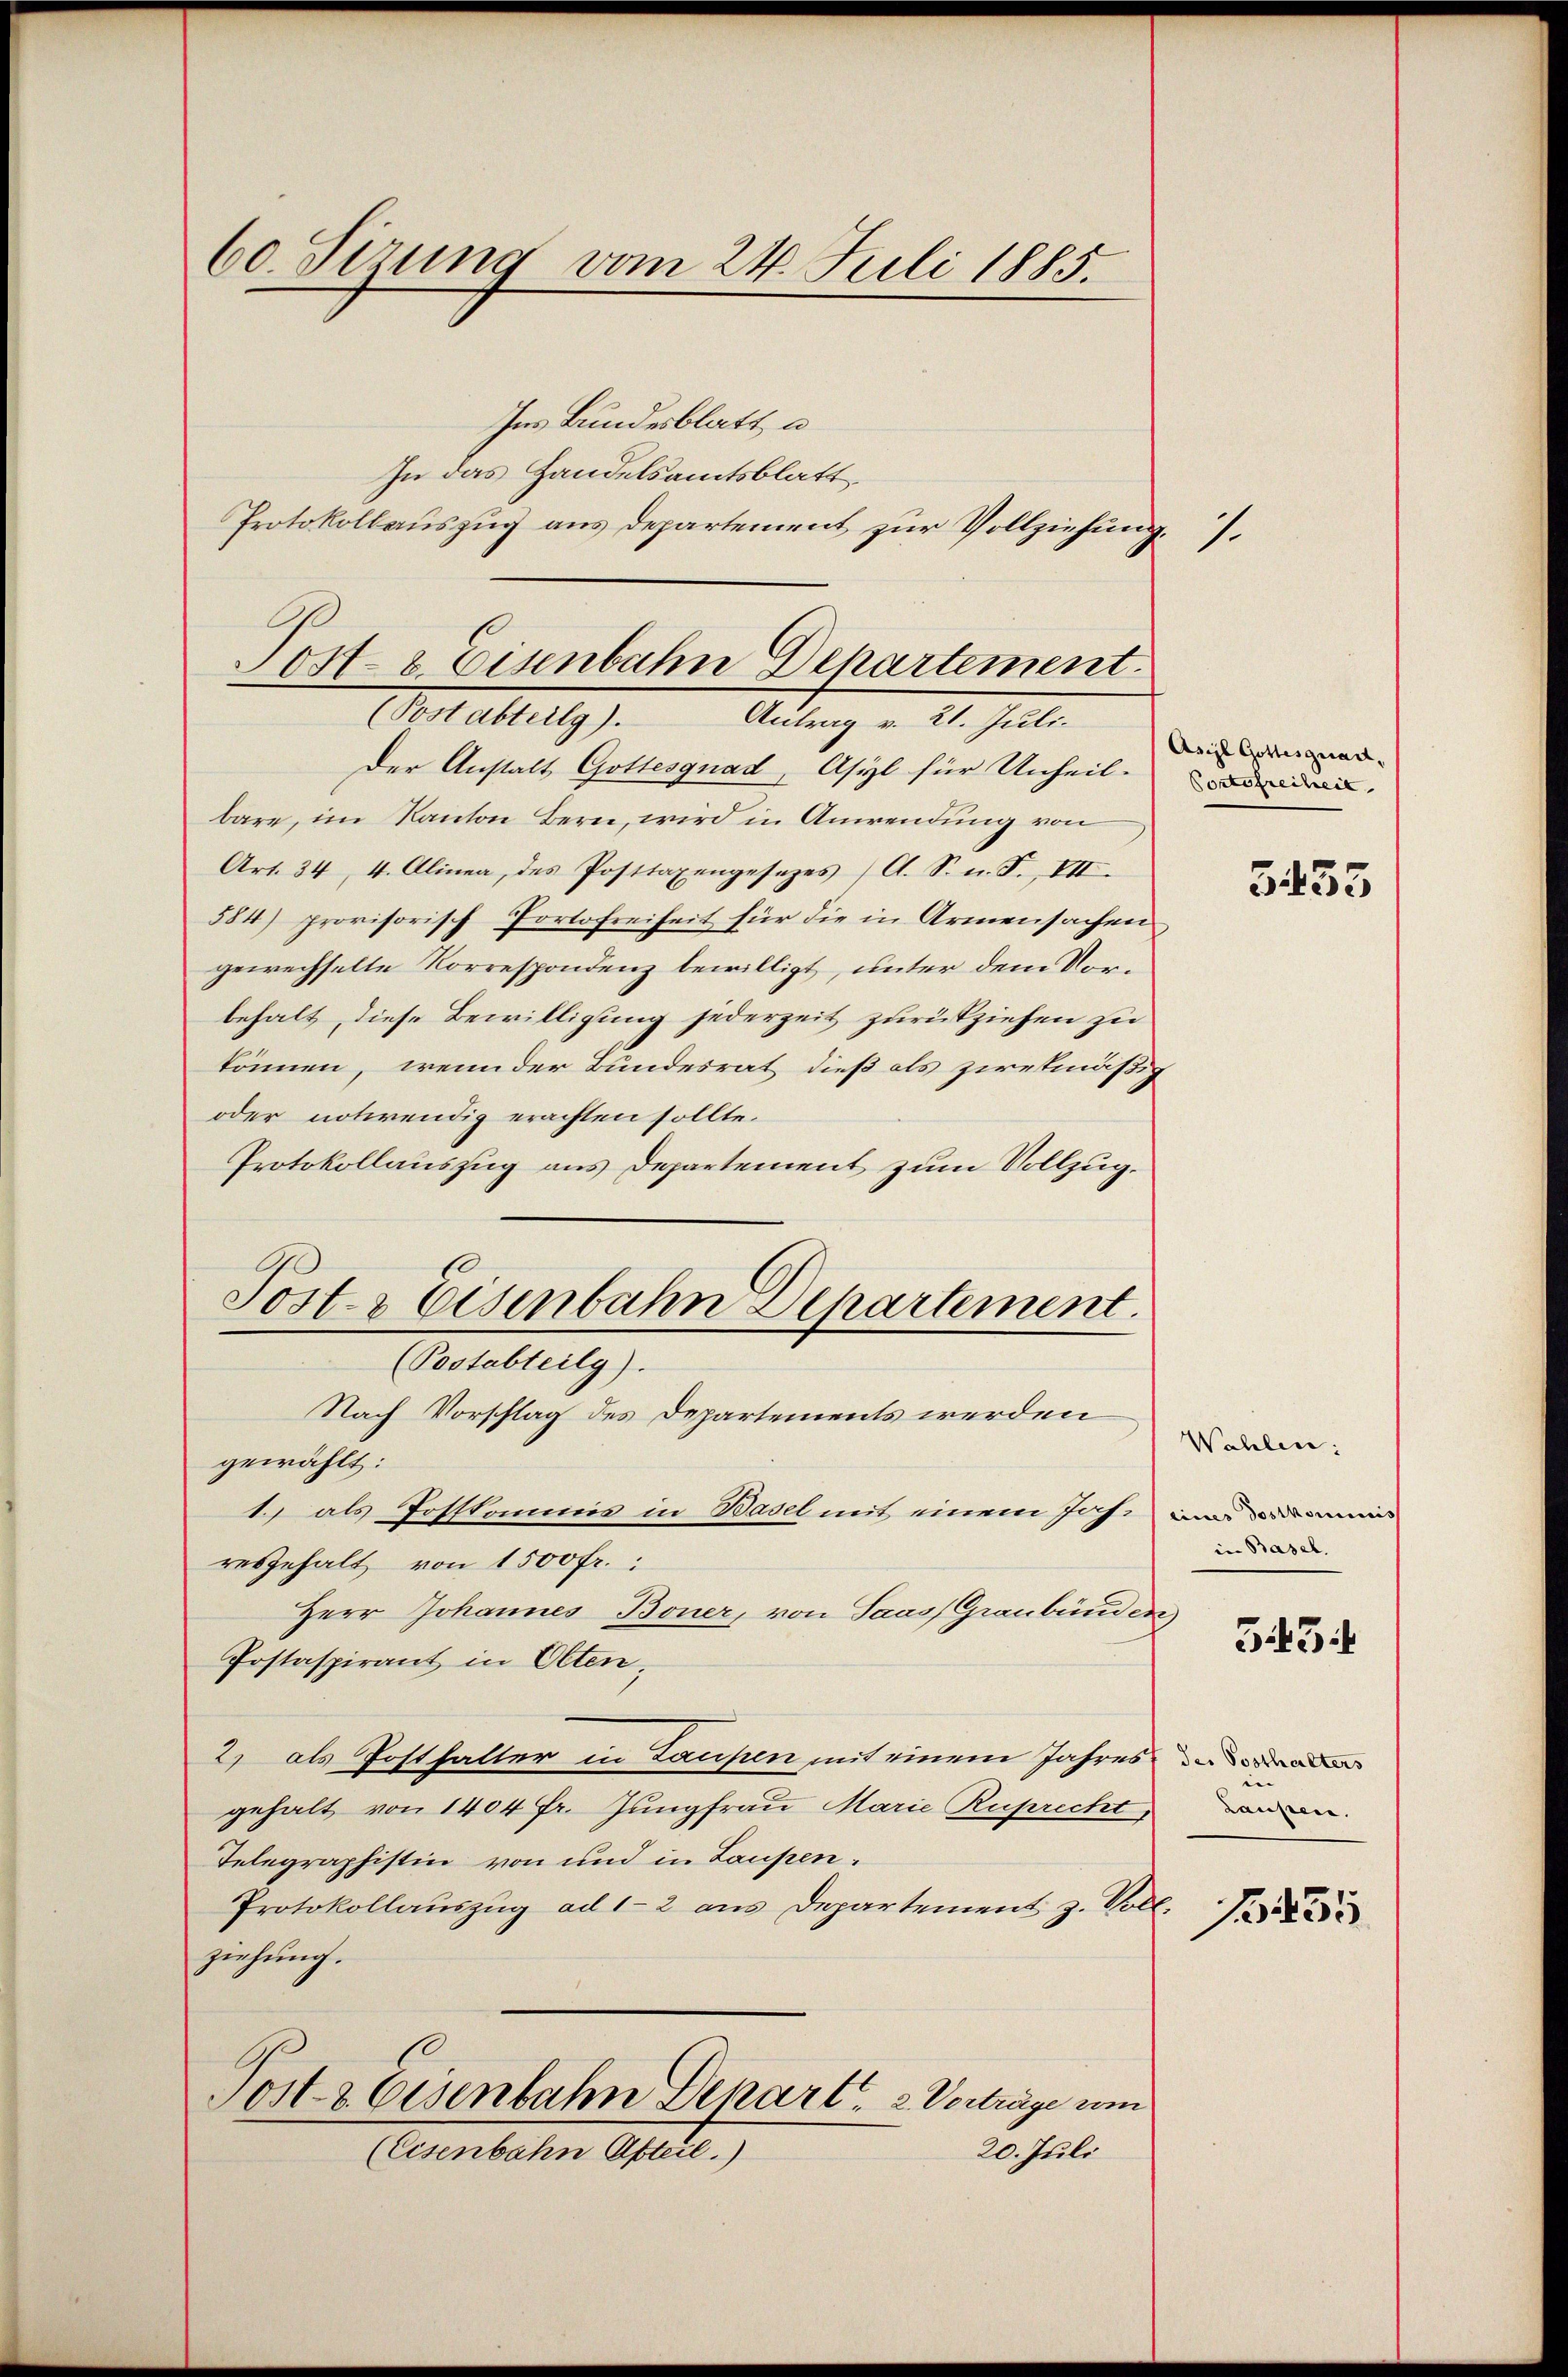
60. Seizung vom 24. Juli 1885.

Ins Bundesblatt a
In das Handelsamtsblatt
Protokollauszug aus Departement zur Vollziehung.

Post- & Eisenbahn Departement.
Pestattung.
Antrag v. 21. Juli.

(Postabteilg).

Der Anstalt Gottesgnad, Asyl für Unheil-
bare, im Kanton Bern, wird in Anwendung von
Art. 34, 4. Alinea, des Posttaxengesezes (A. S. n. F. VII.
584) provisorisch Portofreiheit für die in Armensachen
gewechselte Korrespondenz bewilligt, unter dem Vorbehalt, diese Bewilligung jederzeit zurückziehen zu
können, wenn der Bundesrat dieß als zwekmäßig
oder notirendig erachten sollte.
Protokollauszug aus Departement zum Vollzug.
Post & Eisenbahn Departement.

Nach Vorschlag des Departements werden
gewählt:
1.) als Postkommis in Basel mit einem Joch, in demn
resgehalt von 1500 fr.:
Herr Johannes Boner, von Saas Graubünden
Postaspirant in Olten,
2) als Posthalter in Laupen mit einem Jahres
gehalt von 1404 fr. Jungfrau Marie Ruprecht,
Telegraphistin von und in Laupen¬
Protokollaŭszŭg ad 1-2 aus Departement z. Voll.
ziehung.
Post- & Eisenbahn Depart. 2 Verträge um
20. Juli
(Eisenbahn Abteil.)

Asil Gottesgnau,
Portofreiheit

1.

5433

Wahlen;
in Basel.

343:

n
Laupen.